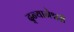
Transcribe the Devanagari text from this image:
द्न्यानेश्वरी